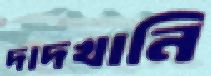
দাদখানি